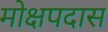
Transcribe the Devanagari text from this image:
मोक्षपदास